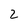
Character: 2